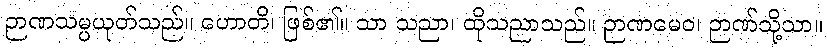
ဉာဏသမ္ပယုတ်သည်။ ဟောတိ၊ ဖြစ်၏။ သာ သညာ၊ ထိုသညာသည်။ ဉာဏမေဝ၊ ဉာဏ်သို့သာ။